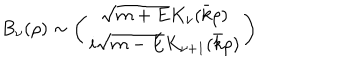
B _ { \nu } ( \rho ) \sim \left( \begin{array} { c } { { \sqrt { m + E } K _ { \nu } ( \bar { k } \rho ) } } \\ { { i \sqrt { m - E } K _ { \nu + 1 } ( \bar { k } \rho ) } } \\ \end{array} \right)